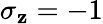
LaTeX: \sigma_{\mathbf{z}}=-1